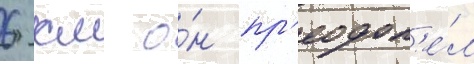
6 км о́н пр'еодол'е́л